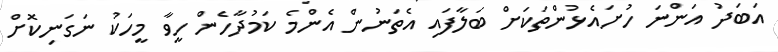
އަބަދު އަންނަ ހުށައެޅުންތަކަށް ބަލާފައި އެތަނުން އެންމެ ކަމުދާހެން ހީވާ މީހަކު ނަގަނިކޮށް